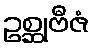
ဥစ္ဆုဗီဇံ